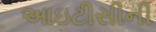
આઇટીસીની